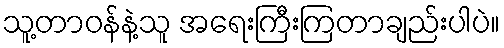
သူ့တာဝန်နဲ့သူ အရေးကြီးကြတာချည်းပါပဲ။